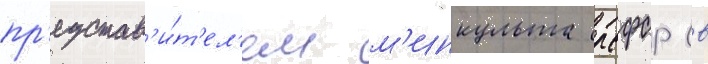
пр'едстав'и́т'ел'ем м'инкульта рсфср (в